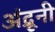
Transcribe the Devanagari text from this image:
अंद्रूनी